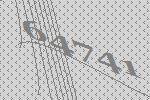
64741